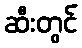
ဆီးတွင်